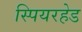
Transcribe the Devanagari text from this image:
स्पियरहेड